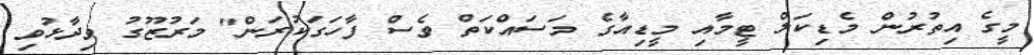
މީގެ އިތުރުން މެޑިކަލް ޓީމާއި މީޑިއާގެ މަސައްކަތް ވެސް ފާހަގަކުރަން" މަރުޒޫގު ވިދާޅުވި